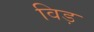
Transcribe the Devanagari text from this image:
विड़